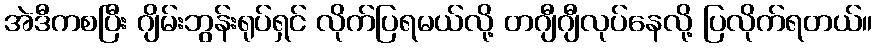
အဲဒီကစပြီး ဂျိမ်းဘွန်းရုပ်ရှင် လိုက်ပြရမယ်လို့ တဂျီဂျီလုပ်နေလို့ ပြလိုက်ရတယ်။